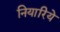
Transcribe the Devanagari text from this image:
नियारिये